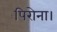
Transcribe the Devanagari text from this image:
पिरोना।